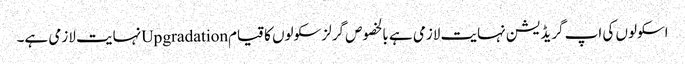
اسکولوں کی اپ گریڈیشن نہایت لازمی ہے بالخصوص گرلز سکولوں کا قیامUpgradationنہایت لازمی ہے۔